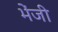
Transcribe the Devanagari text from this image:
भेंजी